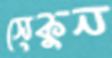
সেকুন